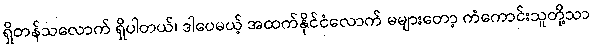
ရှိတန်သလောက် ရှိပါတယ်၊ ဒါပေမယ့် အထက်နိုင်ငံလောက် မများတော့ ကံကောင်းသူတို့သာ